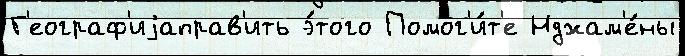
Г'еограф'иjаправ'ить э́того Помог'и́т'е Нджам'е́ны